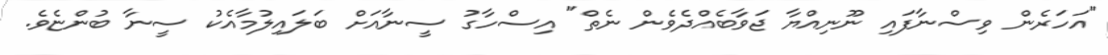
"އަހަރެން ވިސްނާފައި ނޫނިއްޔާ ޖަވާބެއްދެވެން ނެތް" އިސްހާގު ސީނާއަށް ބަލައިލުމާއެކު ސީނާ ބުންޏެވެ.